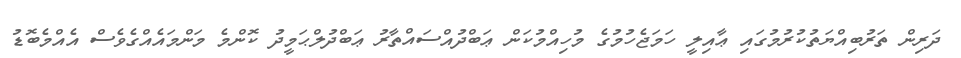
ދަރިން ތަރުބިއްޔަތުކުރުމުގައި ޢާއިލީ ހަމަޖެހުމުގެ މުހިއްމުކަން ޢަބްދުއްސައްތާރު ޢަބްދުލްޙަމީދު ކޮންމެ މަންމައެއްގެވެސް އެއްމެބޮޑު